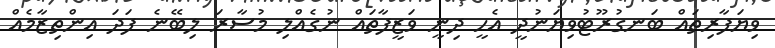
ވިޔަފާރިތައް ބަނގުރޫޓުވިޔަނުދީ އެހީ ދިނީ ވަޒީފާތައް ނުގެއްލި މުސާރަ ލިބޭނެ ފަދަ އިންތިޒާމެއް